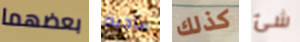
بعضهما مأدبة كذلك شئ